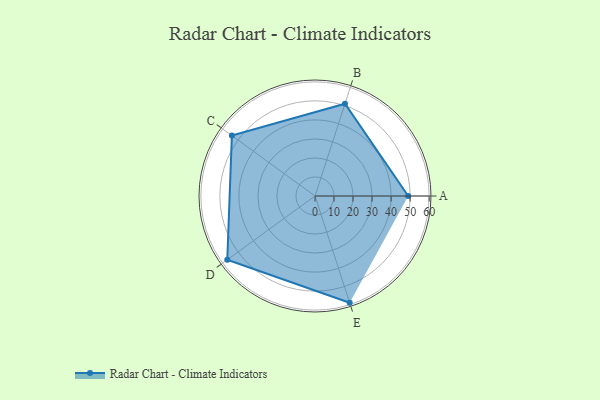
{"axis": {"x": "Skill", "y": "Score"}, "legend": ["Profile"], "data": [{"x": "A", "y": 49.0, "type": "Profile"}, {"x": "B", "y": 51.0, "type": "Profile"}, {"x": "C", "y": 54.0, "type": "Profile"}, {"x": "D", "y": 57.0, "type": "Profile"}, {"x": "E", "y": 59.0, "type": "Profile"}]}